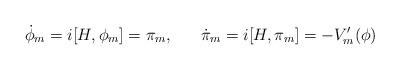
LaTeX: \begin{align*}\dot{\phi}_{m} = i [H,\phi_{m}] = \pi_{m}, \; \; \; \; \; \; \dot{\pi}_{m} = i [H, \pi_{m}] = - V'_{m}(\phi) \end{align*}